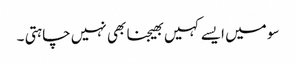
سو میں ایسے کہیں بھیجنا بھی نہیں چاہتی ۔